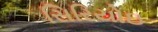
સિરિયોઇ